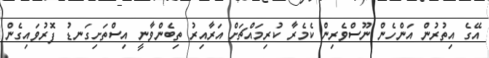
އޭގެ އިތުރުން އަންހެން ނޫސްވެރިން ކެމެރާ ކުރިމައްޗަށް އަރާއިރު ތިބެންވާނީ އިސްތަށިގަނޑު ފޮރުވައިގެން